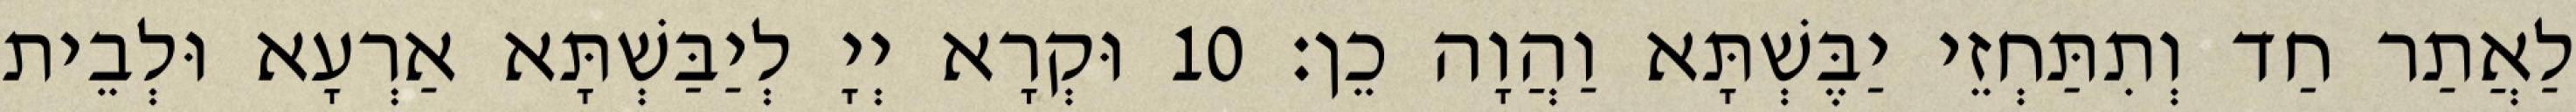
לַאֲתַר חַד וְתִתַּחְזֵי יַבֶּשְׁתָּא וַהֲוָה כֵן׃ 10 וּקְרָא יְיָ לְיַבַּשְׁתָּא אַרְעָא וּלְבֵית